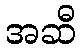
အဆီ